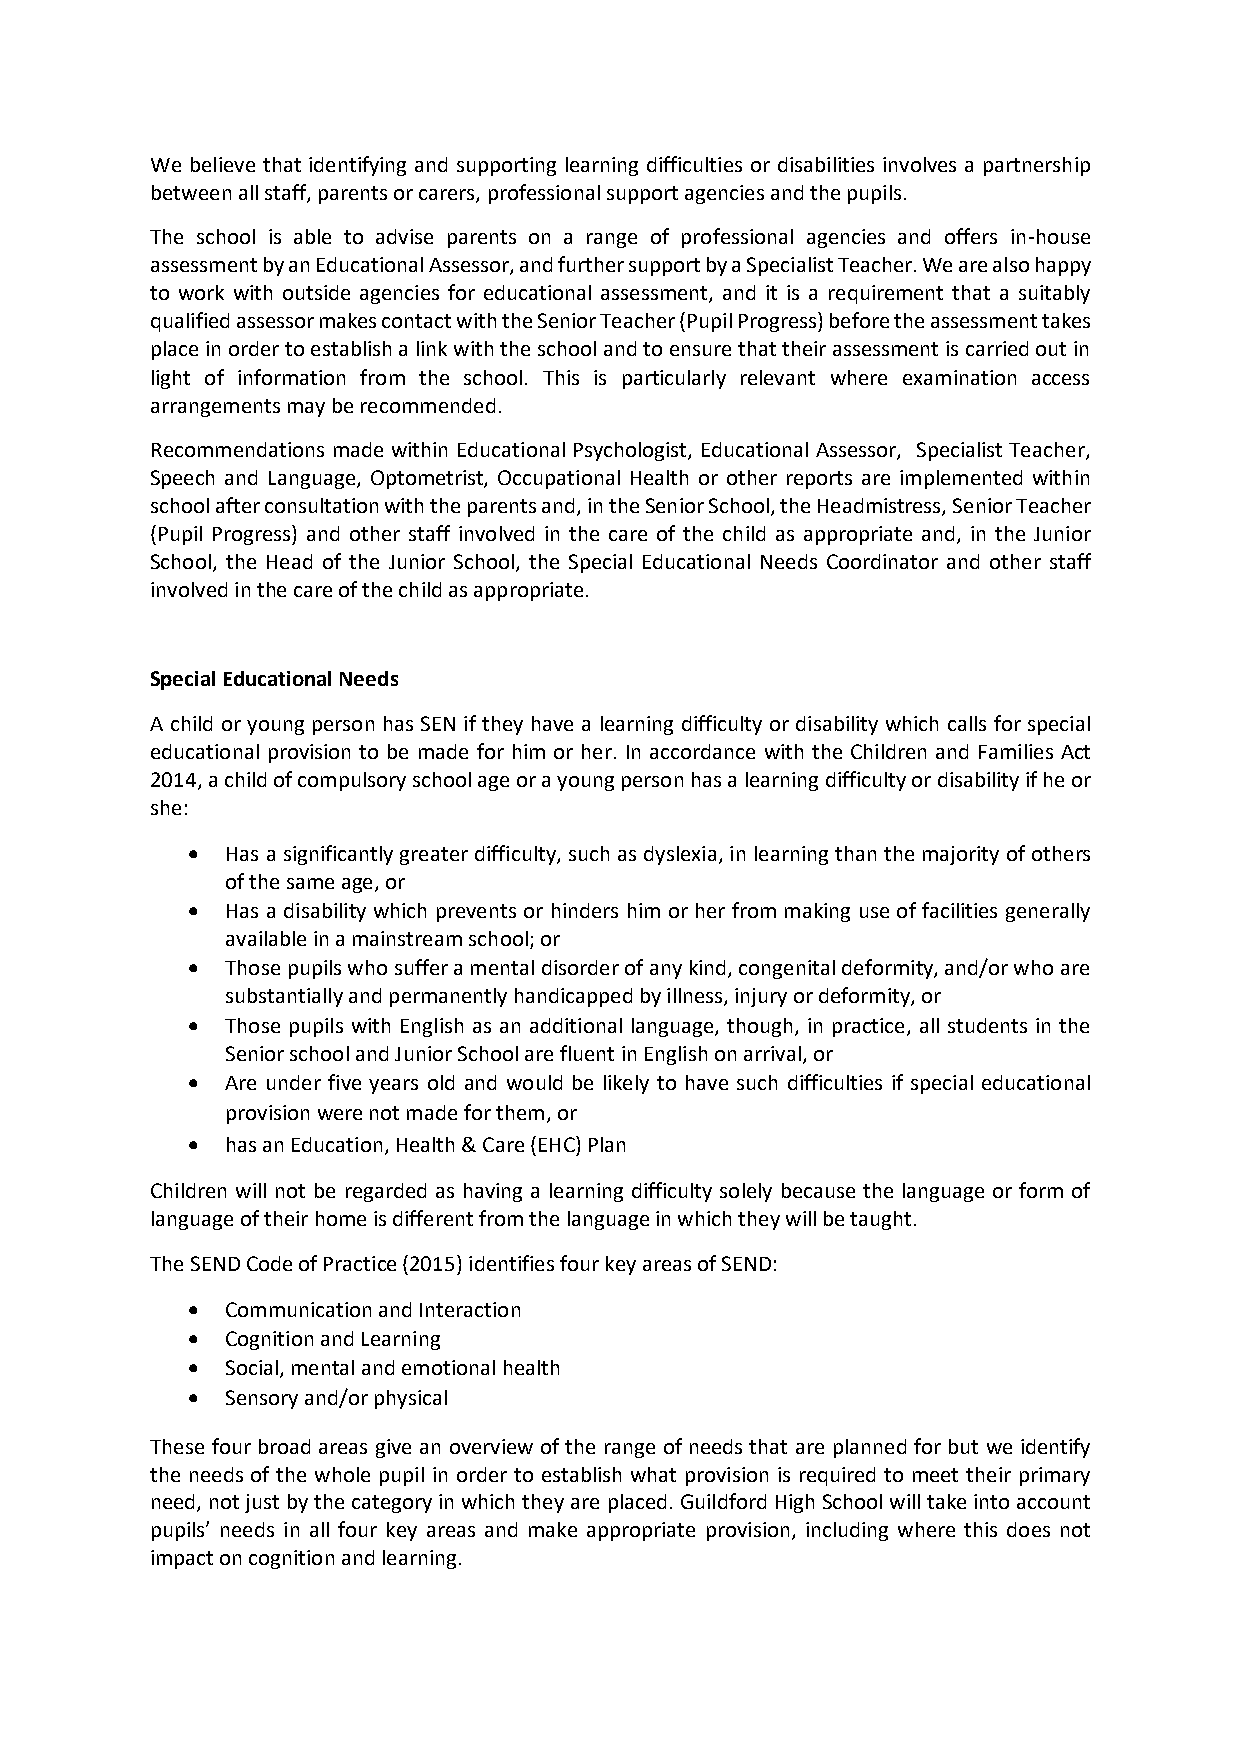
We believe that identifying and supporting learning difficulties or disabilities involves a partnership
 between all staff, parents or carers, professional support agencies and the pupils.
 The school is able to advise parents on a range of professional agencies and offers in-house
 assessment by an Educational Assessor, and further support by a Specialist Teacher. We are also happy
 to work with outside agencies for educational assessment, and it is a requirement that a suitably
 qualified assessor makes contact with the Senior Teacher (Pupil Progress) before the assessment takes
 place in order to establish a link with the school and to ensure that their assessment is carried out in
 light of information from the school. This is particularly relevant where examination access
 arrangements may be recommended.
 Recommendations made within Educational Psychologist, Educational Assessor, Specialist Teacher,
 Speech and Language, Optometrist, Occupational Health or other reports are implemented within
 school after consultation with the parents and, in the Senior School, the Headmistress, Senior Teacher
 (Pupil Progress) and other staff involved in the care of the child as appropriate and, in the Junior
 School, the Head of the Junior School, the Special Educational Needs Coordinator and other staff
 involved in the care of the child as appropriate.
 Special Educational Needs
 A child or young person has SEN if they have a learning difficulty or disability which calls for special
 educational provision to be made for him or her. In accordance with the Children and Families Act
 2014, a child of compulsory school age or a young person has a learning difficulty or disability if he or
 she:
 •  Has a significantly greater difficulty, such as dyslexia, in learning than the majority of others
 of the same age, or
 •  Has a disability which prevents or hinders him or her from making use of facilities generally
 available in a mainstream school; or
 •  Those pupils who suffer a mental disorder of any kind, congenital deformity, and/or who are
 substantially and permanently handicapped by illness, injury or deformity, or
 •  Those pupils with English as an additional language, though, in practice, all students in the
 Senior school and Junior School are fluent in English on arrival, or
 •  Are under five years old and would be likely to have such difficulties if special educational
 provision were not made for them, or
 •  has an Education, Health & Care (EHC) Plan
 Children will not be regarded as having a learning difficulty solely because the language or form of
 language of their home is different from the language in which they will be taught.
 The SEND Code of Practice (2015) identifies four key areas of SEND:
 •  Communication and Interaction
 •  Cognition and Learning
 •  Social, mental and emotional health
 •  Sensory and/or physical
 These four broad areas give an overview of the range of needs that are planned for but we identify
 the needs of the whole pupil in order to establish what provision is required to meet their primary
 need, not just by the category in which they are placed. Guildford High School will take into account
 pupils’ needs in all four key areas and make appropriate provision, including where this does not
 impact on cognition and learning.